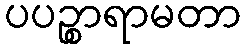
ပပဉ္စာရာမတာ